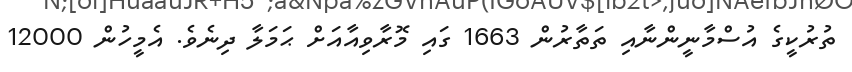
ތުރުކީގެ އުސްމާނީންނާއި ތަތާރުން 1663 ގައި މޮރާވިއާއަށް ޙަމަލާ ދިނެވެ. އެމީހުން 12000